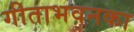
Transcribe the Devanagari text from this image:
गीताभवनका